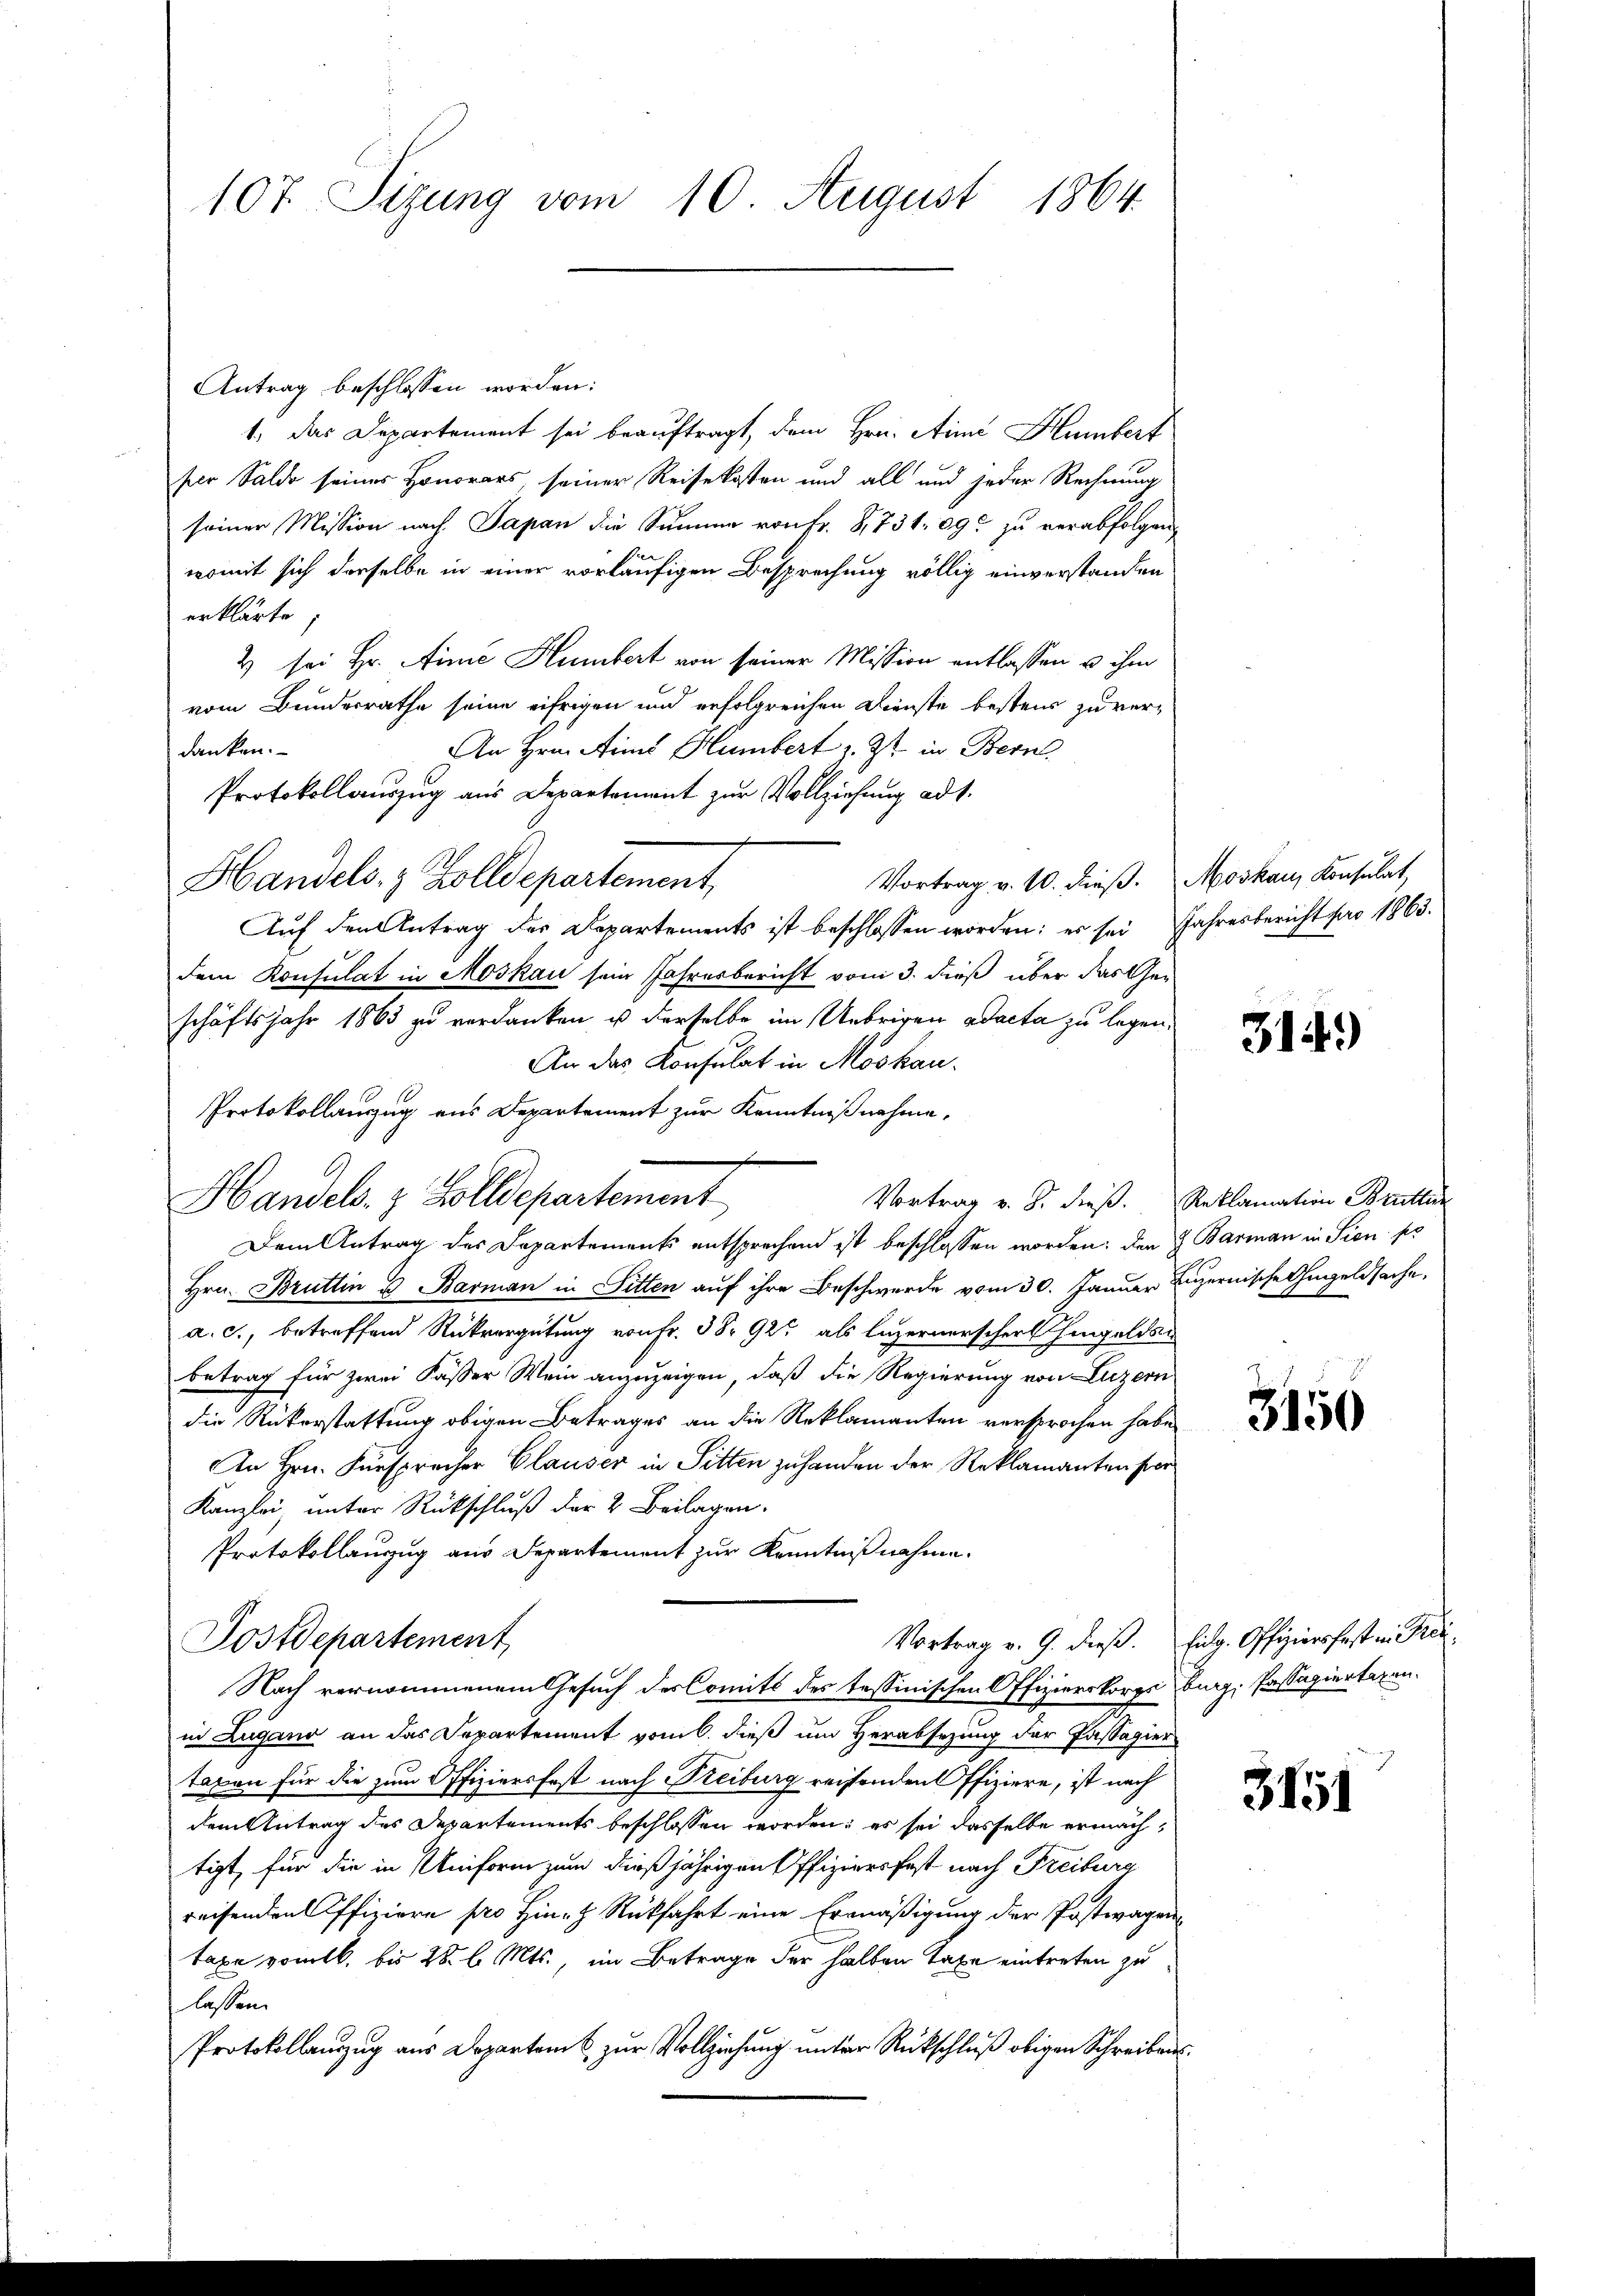
107 Sizung vom 10. August 1864.

Antrag beschlossen worden:
1. das Departement sei beauftragt, dem Hrn. Aimi Humbert
ser Saldo seines Honorars, seiner Reisekosten und all und jeder Rechnung
seiner Mission nach Papan die Summe von Fr. 8,731. 09 zu verabfolgen,
womit sich derselbe in einer vorläufigen Besprechung völlig einverstanden
erklärte,
2 sei Hr. Ainie Humbert von seiner Mission entlassen u ihm
vom Bundesrathe seine eifrigen und erfolgreichen Dienste bestens zu verdanken.
An Hrn. Ains Humbert z. Zt. in Bern
Protokollauszug aus Departement zur Vollziehung ad 1.
Vortrag v. 10. dieß. Moskau, Konsulat,
Handels- & Zolldepartement,
Auf den Antrag des Departements ist beschlossen worden; es sei Jahresbericht pro 1863.
dem Konsulat in Moskau sein Jahresbericht vom 3. dieß über das Geschäftsjahr 1863 zu verdanken u derselbe im Uebrigen ad acta zu legen.
An das Konsulat in Moskau
Vortrag v. J. dieß. Reklamation Brüttun
Dem Antrag des Departements entsprechend ist beschlossen worden, den H. Barman in Sien pr
Hrn. Bruttin u Barman in Sitten auf ihre Beschwerde vom 30. Januar Luzernische Angeldsache,
a. c., betreffend Rückvergütung von Fr. 3892 als luzernerscher hingelden
betrag für zwei Fasser Mein anzuzeigen, daß die Regierung von Luzern
die Rükerstattung obigen Betrages an die Reklamanten versprochen habe
An Hrn. Fürsprecher Clauser in Sitten zu handen der Reklamanten fer
Kanzlei, unter Rückschluß der 2 Beilagen.
Protokollanzug aus Departement zur Kenntnißnahme.
Postdepartement
Nach vernommenem Gesuch des Comité des tessinischen Offizierskorps burg, Passagiertagen.
in Zugano an das Departement vom 6. dieß um Herabsezung der Passagier
taxen für die zum Offiziersfest nach Freiburg reisenden ffiziere, ist nach
dem Antrag des Departements beschlossen worden; es sei dasselbe ermächtigt, für die in Uniform zum dießjährigen Offiziers fast nach Freiburg
reisenden Offiziere pro Hine Rückfahrt eine Ermäßigung der Postwagen
taxe vom 16. bis 28. l. Mts., im Betrage der halben Taxe eintreten zu
lassen.
Protokollauszug aus Departamt zur Vollziehung unter Rückschluß obigen Schreibens¬

Protokollauszug aus Departement zur Kenntnißnahme,
Handels- & Zolldepartement

3149)

3150

Vortrag v. 9. dieß. Eidg. Offiziersfest in Kin¬

3151